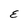
Character: E